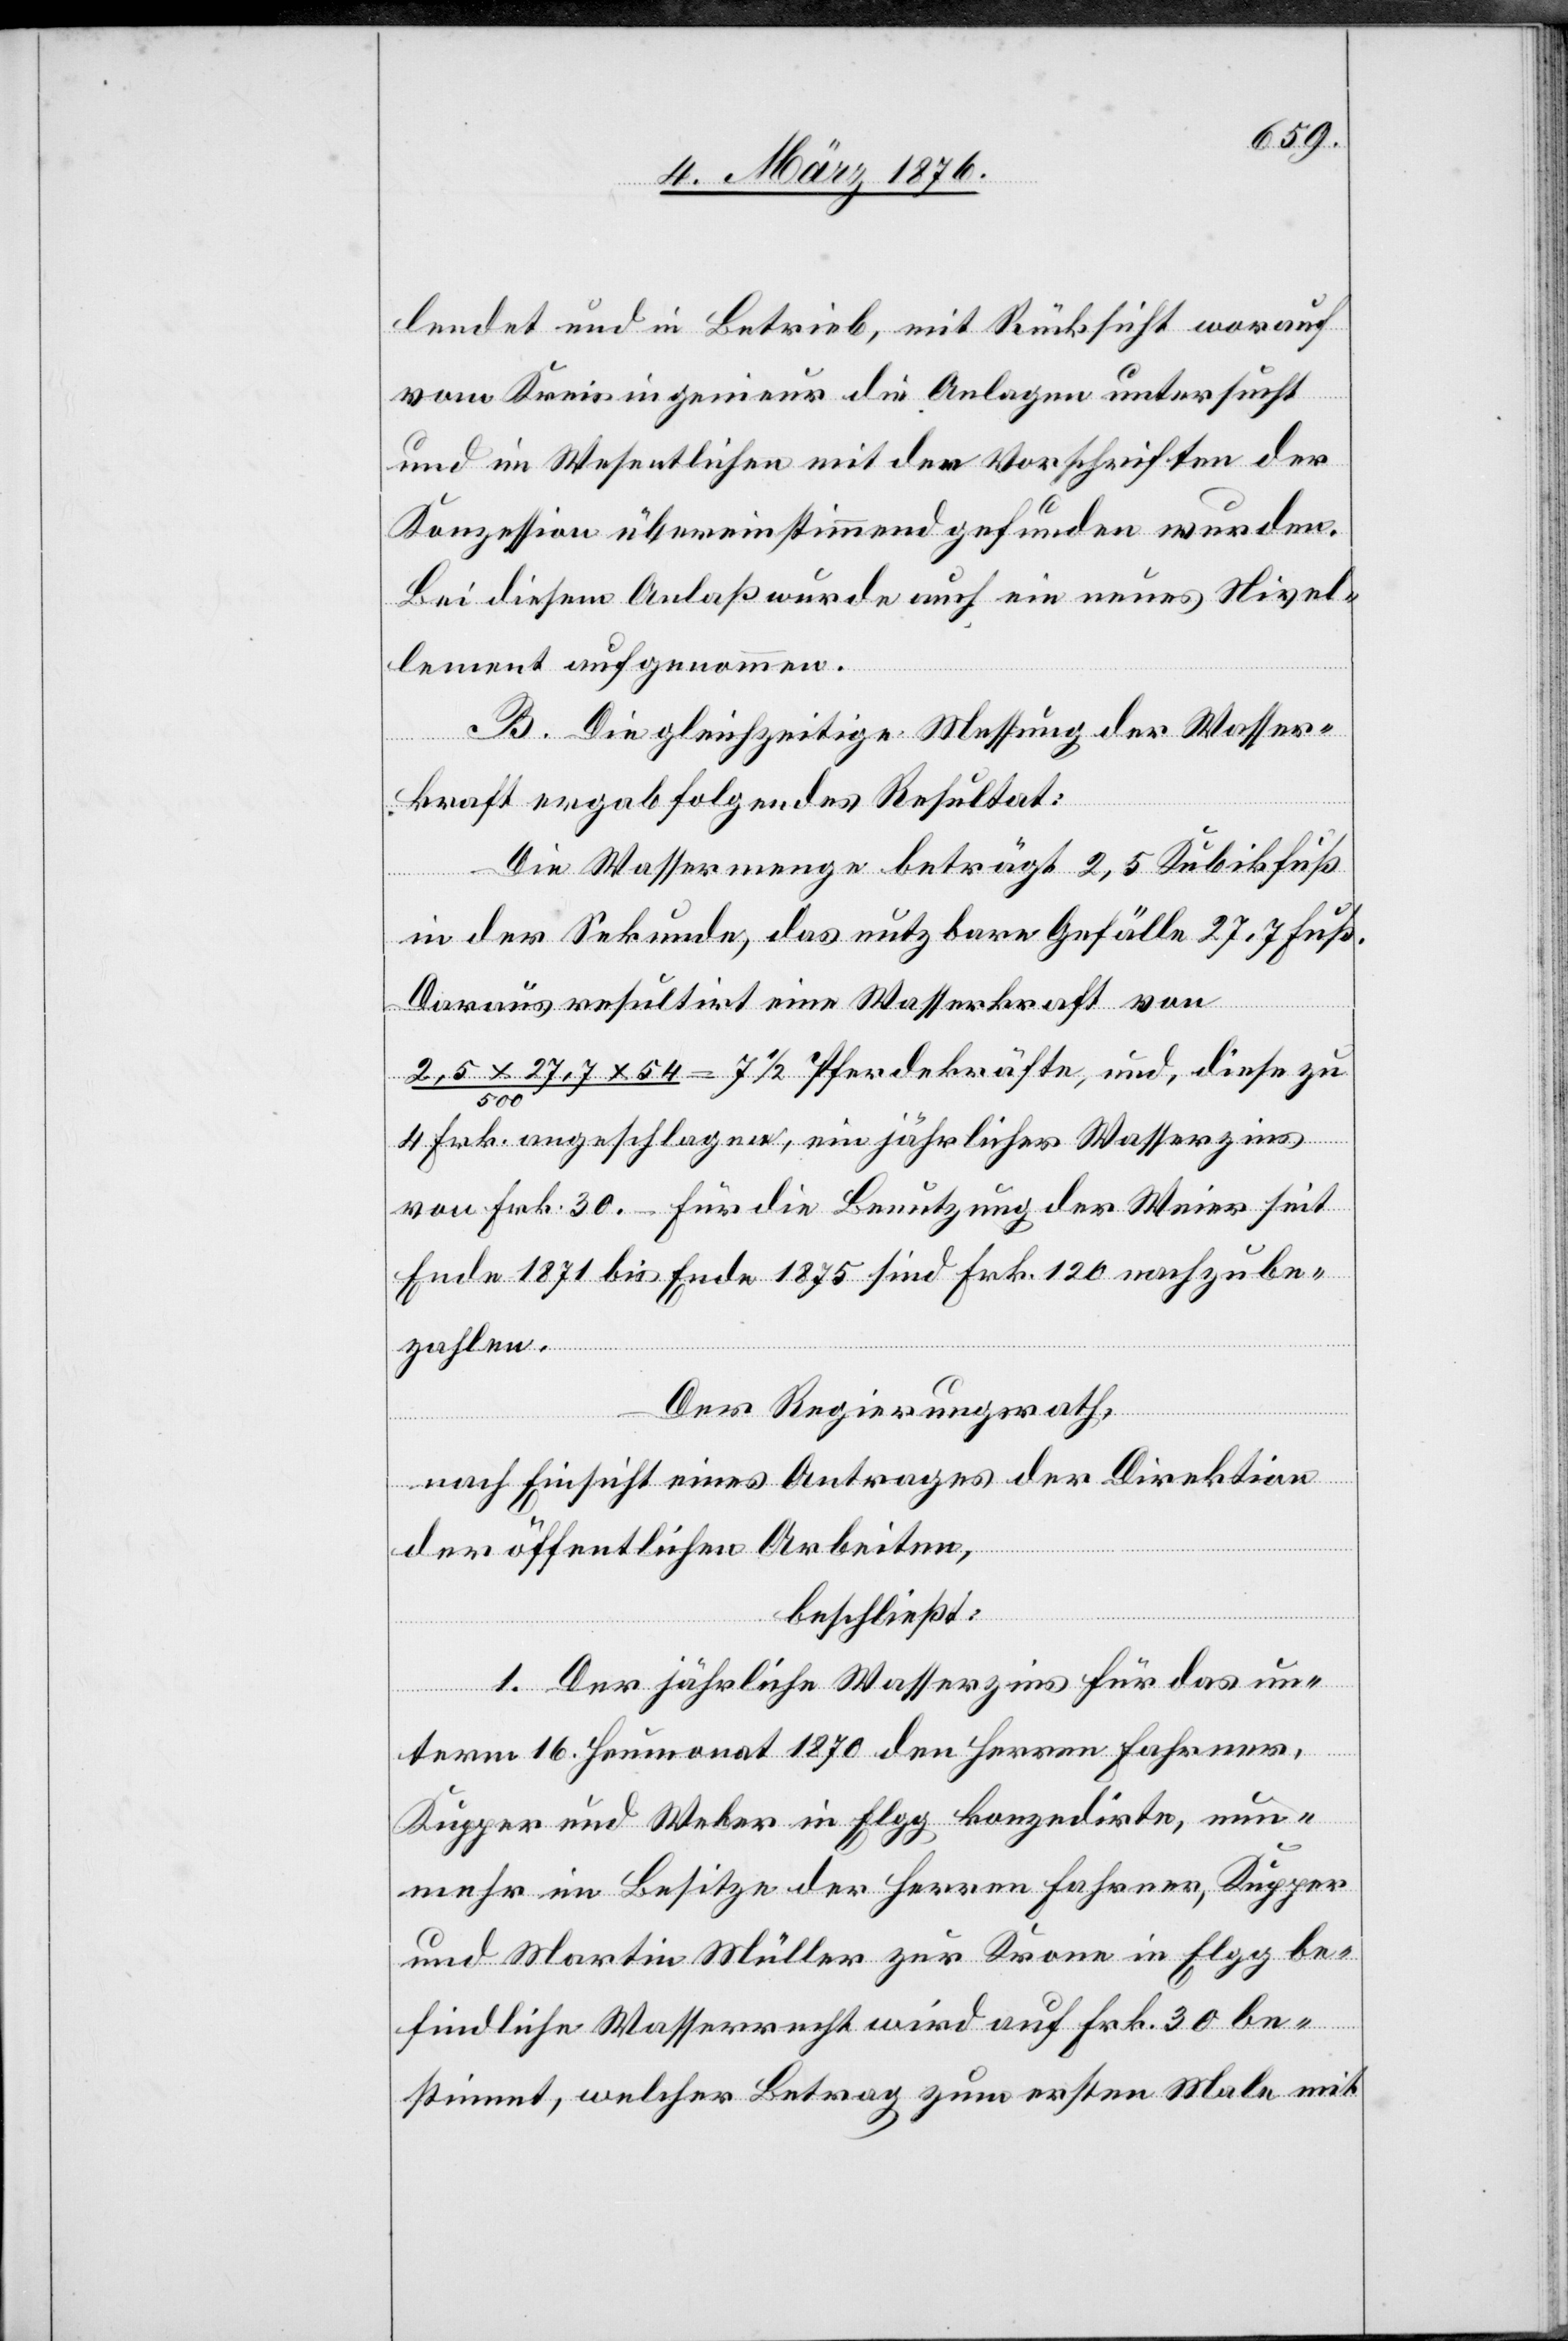
lendet und in Betrieb, mit Rücksicht worauf
vom Kreisingenieur die Anlagen untersucht
und im Wesentlichen mit den Vorschriften der
Konzession übereinstimmend gefunden wurden.
Bei diesem Anlaß wurde auch ein neues Nivel¬
lement aufgenommen.
B. Die gleichzeitige Messung der Wasser¬
kraft ergab folgendes Resultat:
Die Wassermenge beträgt 2,5 Kubikfuß
in der Sekunde, das nutzbare Gefälle 27,7 Fuß.
Daraus resultirt eine Wasserkraft von
2,5 x 27,7 x 54/500 =7 1/2 Pferdestärken, und, diese zu
4 Frk. angeschlagene, ein jährlicher Wasserzins
von Frk. 30.– für die Benutzung der Weier seit
Ende 1871 bis Ende 1875 sind Frk. 120 nachzube¬
zahlen.
Der Regierungsrath,
nach Einsicht eines Antrages der Direktion
der öffentlichen Arbeiten,
beschließt:
1. Der jährliche Wasserzins für das un¬
term 16. Heumonat 1870 den Herren Fahrner,
Kupper und Weber in Elgg konzedirte, nun¬
mehr im Besitze der Herren Fahrner, Kupper
und Martin Müller zur Kronn in Elgg be¬
findliche Wasserrecht wird auf Frk. 30 be¬
stimmt, welcher Betrag zum ersten Male mit